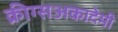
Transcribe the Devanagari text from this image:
क्रीग्सअकादेमी